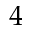
4